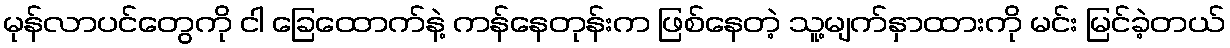
မုန်လာပင်တွေကို ငါ ခြေထောက်နဲ့ ကန်နေတုန်းက ဖြစ်နေတဲ့ သူ့မျက်နှာထားကို မင်း မြင်ခဲ့တယ်